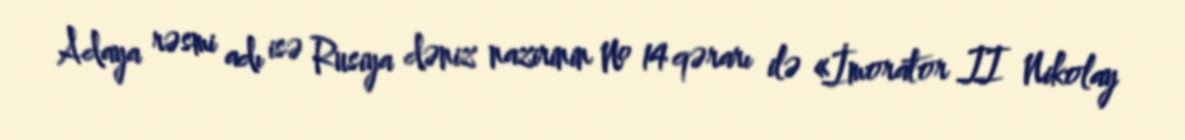
Adaya rəsmi adı isə Rusiya dəniz nazirinin № 14 qərarı ilə «İmorator II Nikolay